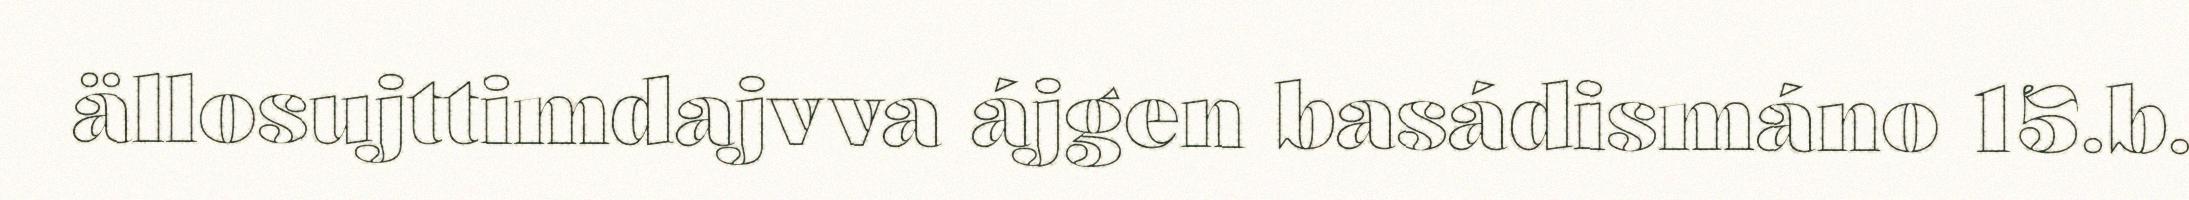
ällosujttimdajvva ájgen basádismáno 15.b.